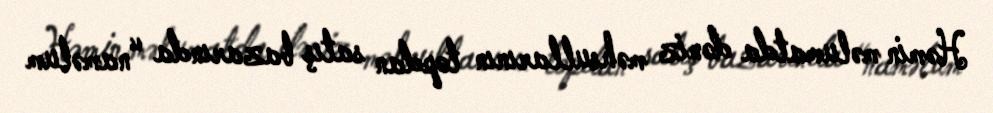
Həmin məlumatda dəniz məhsullarının topdan satış bazarında “naməlum